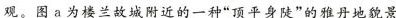
观。图a为楼兰故城附近的一种”顶平身陡”的雅丹地貌景